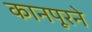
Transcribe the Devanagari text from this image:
कानपूरने